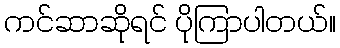
ကင်ဆာဆိုရင် ပိုကြာပါတယ်။